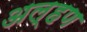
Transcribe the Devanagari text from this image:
अल्हण